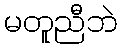
မတူညီဘဲ